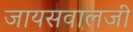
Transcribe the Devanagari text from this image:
जायसवालजी